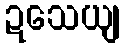
ဍသေယျ